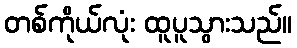
တစ်ကိုယ်လုံး ထူပူသွားသည်။